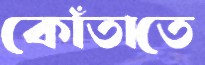
কোঁতাতে